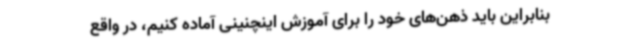
بنابراین باید ذهن‌های خود را برای آموزش اینچنینی آماده کنیم، در واقع